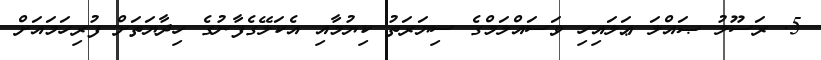
5. ރަސޫލު ޞައްލަ ޢަލައިހި ވަސައްލަމްގެ ސިޔަރަތު ކިޔުމާއި އެކަލޭގެފާނުގެ ހިދާޔަތަށް ފުރިހަމައަށް